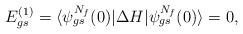
LaTeX: \begin{align*}E_{gs}^{(1)}=\langle\psi_{gs}^{N_f}{(0)}|\Delta H|\psi_{gs}^{N_f}{(0)}\rangle=0,\end{align*}